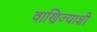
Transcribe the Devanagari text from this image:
वाणिज्याशी